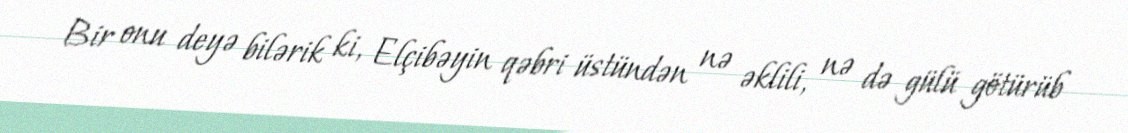
Bir onu deyə bilərik ki, Elçibəyin qəbri üstündən nə əklili, nə də gülü götürüb